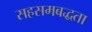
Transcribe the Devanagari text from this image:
सहसमबद्धता